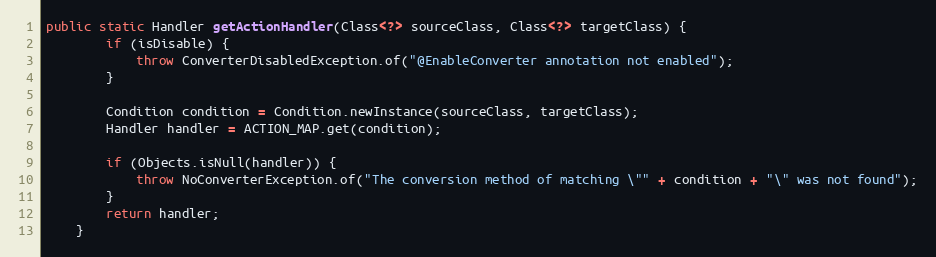
Language: Java
public static Handler getActionHandler(Class<?> sourceClass, Class<?> targetClass) {
        if (isDisable) {
            throw ConverterDisabledException.of("@EnableConverter annotation not enabled");
        }

        Condition condition = Condition.newInstance(sourceClass, targetClass);
        Handler handler = ACTION_MAP.get(condition);

        if (Objects.isNull(handler)) {
            throw NoConverterException.of("The conversion method of matching \"" + condition + "\" was not found");
        }
        return handler;
    }